Report on vaccination in Madras 1895-1903 - 1895-1903
Year: 1895
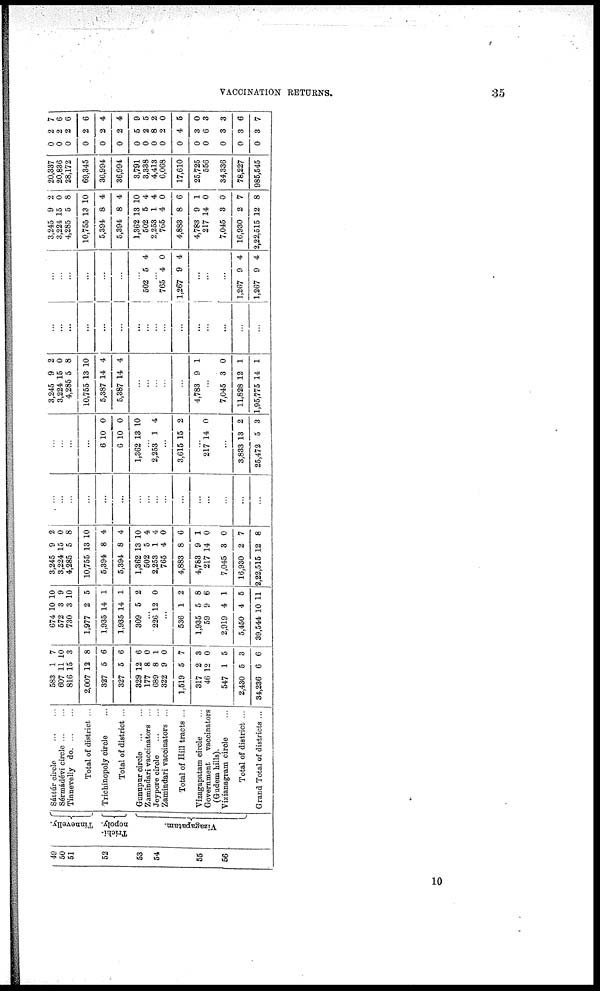
VACCINATION RETURNS.
35
49
50
51
52
53
54
55
56
Tinnevelly.
Trichi-
nopoly.
Vizagapatam.
Sáttúr
circle...
...
Sérmádévi circle...
...
Tinnevelly d
o
. ... ...
Total of district ...
Trichinopoly circle...
Total of district ...
Gunupur circle...
...
Zamindari vaccinators ...
Jeypore
circle...
...
Zamindari vaccinators ...
Total of Hill tracts ...
Vizagapatam circle...
Government vaccinators
(Gudem hills).
Vizianagram circle...
Total of district ...
Grand Total of districts ...
583
607
816
2,007
327
327
329
177
689
322
1,519
317
46
547
2,430
34,236
1
11
15
12
5
5
12
8
8
9
5
2
12
1
5
6
7
10
3
8
6
6
6
0
1
0
7
3
0
5
3
6
674
572
730
1,977
1,935
1,935
309
...
226
...
536
1,935
59
2,919
5,450
39,544
10
3
3
2
14
14
5
...
12
...
1
5
9
4
4
10
10
9
10
5
1
1
2
...
0
...
2
8
6
1
5
11
3,245
3,224
4,285
10,755
5,394
5,394
1,362
502
2,253
765
4,883
4,783
217
7,045
16,930
2,22,515
9
15
5
13
8
8
13
5
1
4
8
9
14
3
2
12
2
0
8
10
4
4
10
4
4
0
6
1
0
0
7
8
...
...
...
...
...
...
...
...
...
...
...
...
...
...
...
...
...
...
...
...
6
6
1,362
...
2,253
10
10
13
...
1
0
0
10
...
4
...
3,615 15 2
...
217 14 0
...
3,833
25,472
13
5
2
3
3,245
3,224
4,285
10,755
5,387
5,387
9
15
5
13
14
14
2
0
8
10
4
4
...
...
...
...
...
4,783 9 1
...
7,045
11,828
1,95,775
3
12
14
0
1
1
...
...
...
...
...
...
...
...
...
...
...
...
...
...
...
...
...
...
...
...
...
...
...
502
...
765
1,267
5
...
4
9
4
...
0
4
...
...
...
1,267
1,267
9
9
4
4
3,245
3,224
4,285
10,755
5,394
5,394
1,362
502
2,253
765
4,883
4,783
217
7,045
16,930
2,22,515
9
15
5
13
8
8
13
5
1
4
8
9
14
3
2
12
2
0
8
10
4
4
10
4
4
0
6
1
0
0
7
8
20,337
20,836
28,172
69,345
36,994
36,994
3,791
3,338
4,413
6,068
17,610
25,725
556
34,336
78,227
985,545
0
0
0
0
0
0
0
0
0
0
0
0
0
0
0
0
2
2
2
2
2
2
5
2
8
2
4
3
6
3
3
3
7
6
6
6
4
4
9
5
2
0
5
0
3
3
6
7
10